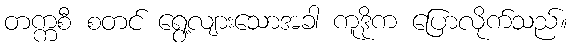
တက္ကစီ စတင် ရွေ့လျားသောအခါ ကူဒိုက ပြောလိုက်သည်။